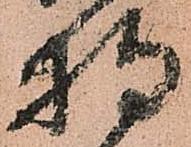
持